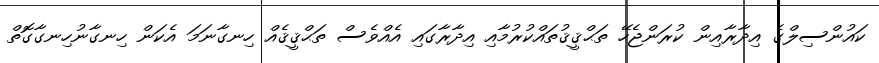
ކައުންސިލްގެ އިދާރާއިން ކުރަންޖެހޭ ތަޙްޤީޤުތައްކުރުމާއި އިދާރާގައި އެއްވެސް ތަޙްޤީޤެއް ހިނގާނަމަ އެކަން ހިނގާނުހިނގާގޮތް